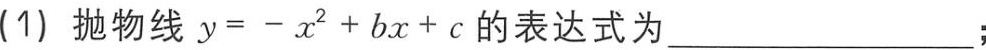
(1) 抛物线 \(y = -x^{2}+bx + c\) 的表达式为_________________;